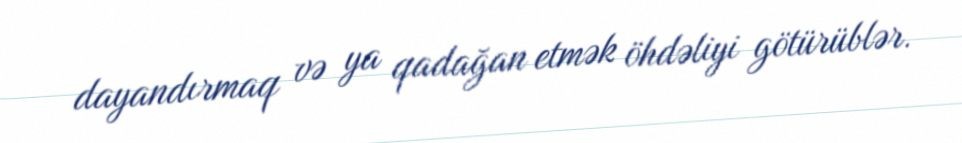
dayandırmaq və ya qadağan etmək öhdəliyi götürüblər.